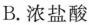
B.浓盐酸